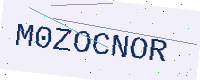
Text: M0ZOCNOR